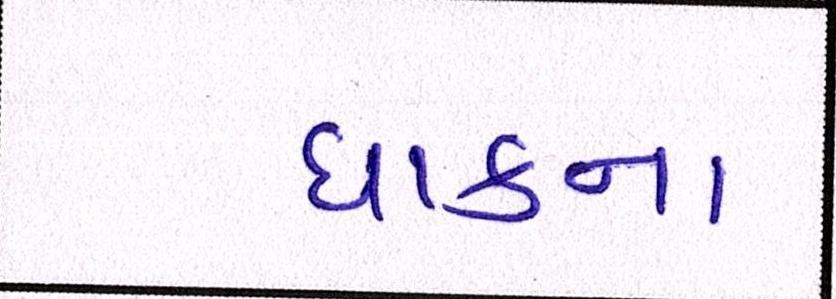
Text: ધાકના